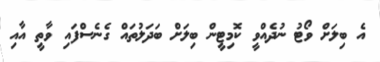
އެ ބިލަށް ވޯޓު ނުދެއްވީ ކޮމިޓީން ބިލަށް ބަދަލުތައް ގެނެސްފައި ވާތީ އާއި